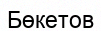
Бөкетов